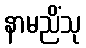
နာမညိံသု